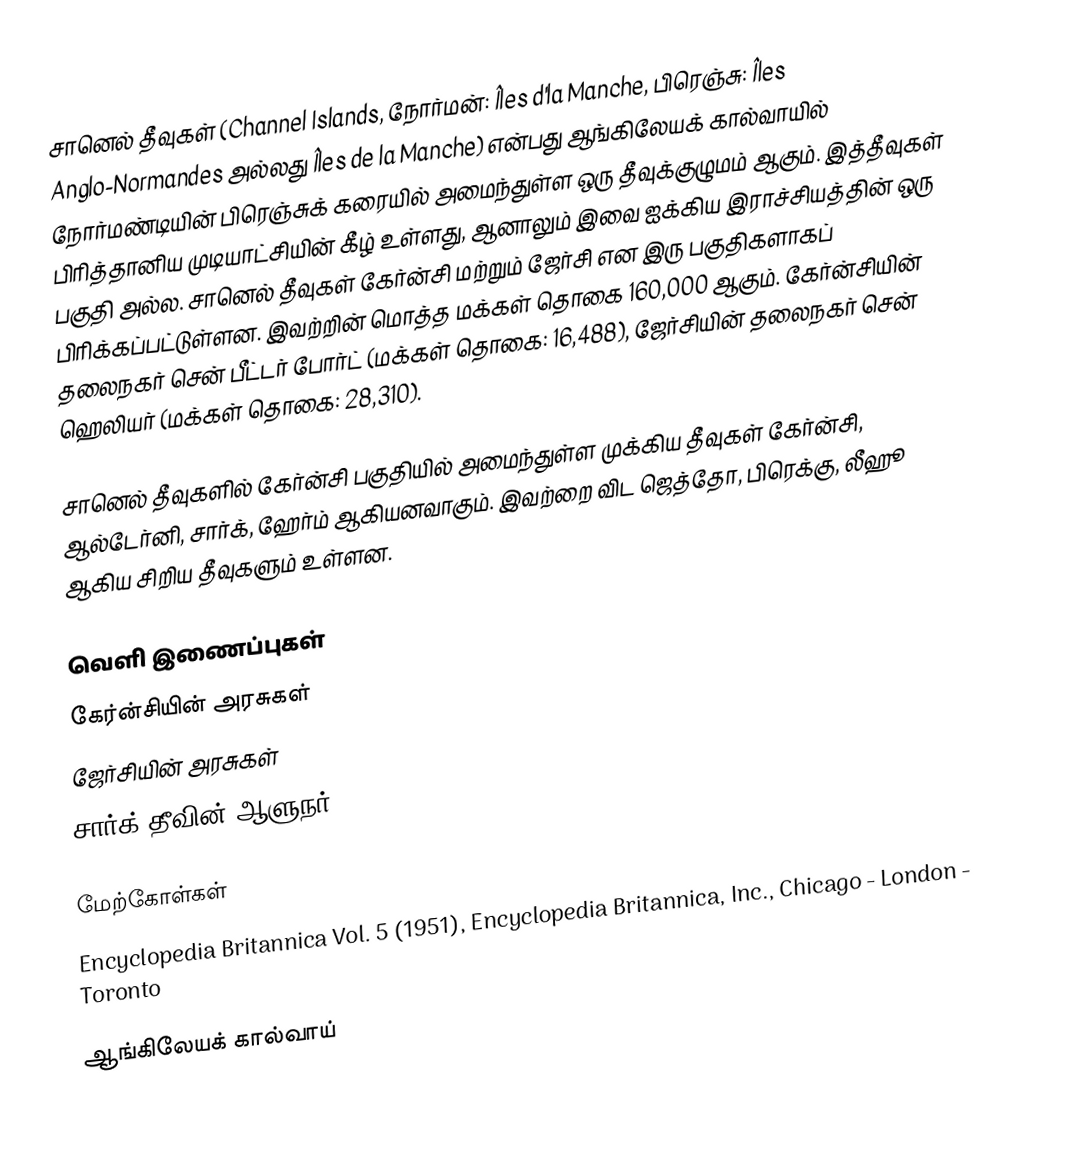
சானெல் தீவுகள் (Channel Islands, நோர்மன்: Îles d'la Manche, பிரெஞ்சு: Îles Anglo-Normandes அல்லது Îles de la Manche) என்பது ஆங்கிலேயக் கால்வாயில் நோர்மண்டியின் பிரெஞ்சுக் கரையில் அமைந்துள்ள ஒரு தீவுக்குழுமம் ஆகும். இத்தீவுகள் பிரித்தானிய முடியாட்சியின் கீழ் உள்ளது, ஆனாலும் இவை ஐக்கிய இராச்சியத்தின் ஒரு பகுதி அல்ல. சானெல் தீவுகள் கேர்ன்சி மற்றும் ஜேர்சி என இரு பகுதிகளாகப் பிரிக்கப்பட்டுள்ளன. இவற்றின் மொத்த மக்கள் தொகை 160,000 ஆகும். கேர்ன்சியின் தலைநகர் சென் பீட்டர் போர்ட் (மக்கள் தொகை: 16,488), ஜேர்சியின் தலைநகர் சென் ஹெலியர் (மக்கள் தொகை: 28,310).

சானெல் தீவுகளில் கேர்ன்சி பகுதியில் அமைந்துள்ள முக்கிய தீவுகள் கேர்ன்சி, ஆல்டேர்னி, சார்க், ஹேர்ம் ஆகியனவாகும். இவற்றை விட ஜெத்தோ, பிரெக்கு, லீஹூ ஆகிய சிறிய தீவுகளும் உள்ளன.

வெளி இணைப்புகள்
 கேர்ன்சியின் அரசுகள்
 ஜேர்சியின் அரசுகள்
 சார்க் தீவின் ஆளுநர்

மேற்கோள்கள்
 Encyclopedia Britannica Vol. 5 (1951), Encyclopedia Britannica, Inc., Chicago - London - Toronto

ஆங்கிலேயக் கால்வாய்